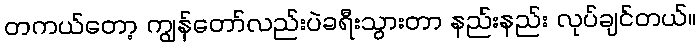
တကယ်တော့ ကျွန်တော်လည်းပဲခရီးသွားတာ နည်းနည်း လုပ်ချင်တယ်။